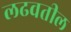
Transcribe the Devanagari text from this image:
लढवतील